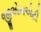
જીએમએટી